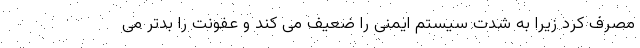
مصرف کرد زیرا به شدت سیستم ایمنی را ضعیف می کند و عفونت را بدتر می